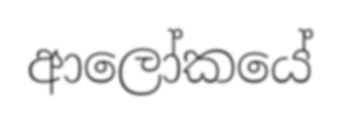
ආලෝකයේ